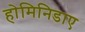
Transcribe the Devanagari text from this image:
होमिनिडाए